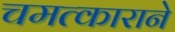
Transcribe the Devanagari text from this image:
चमत्काराने